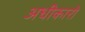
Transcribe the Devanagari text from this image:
अधीकारो